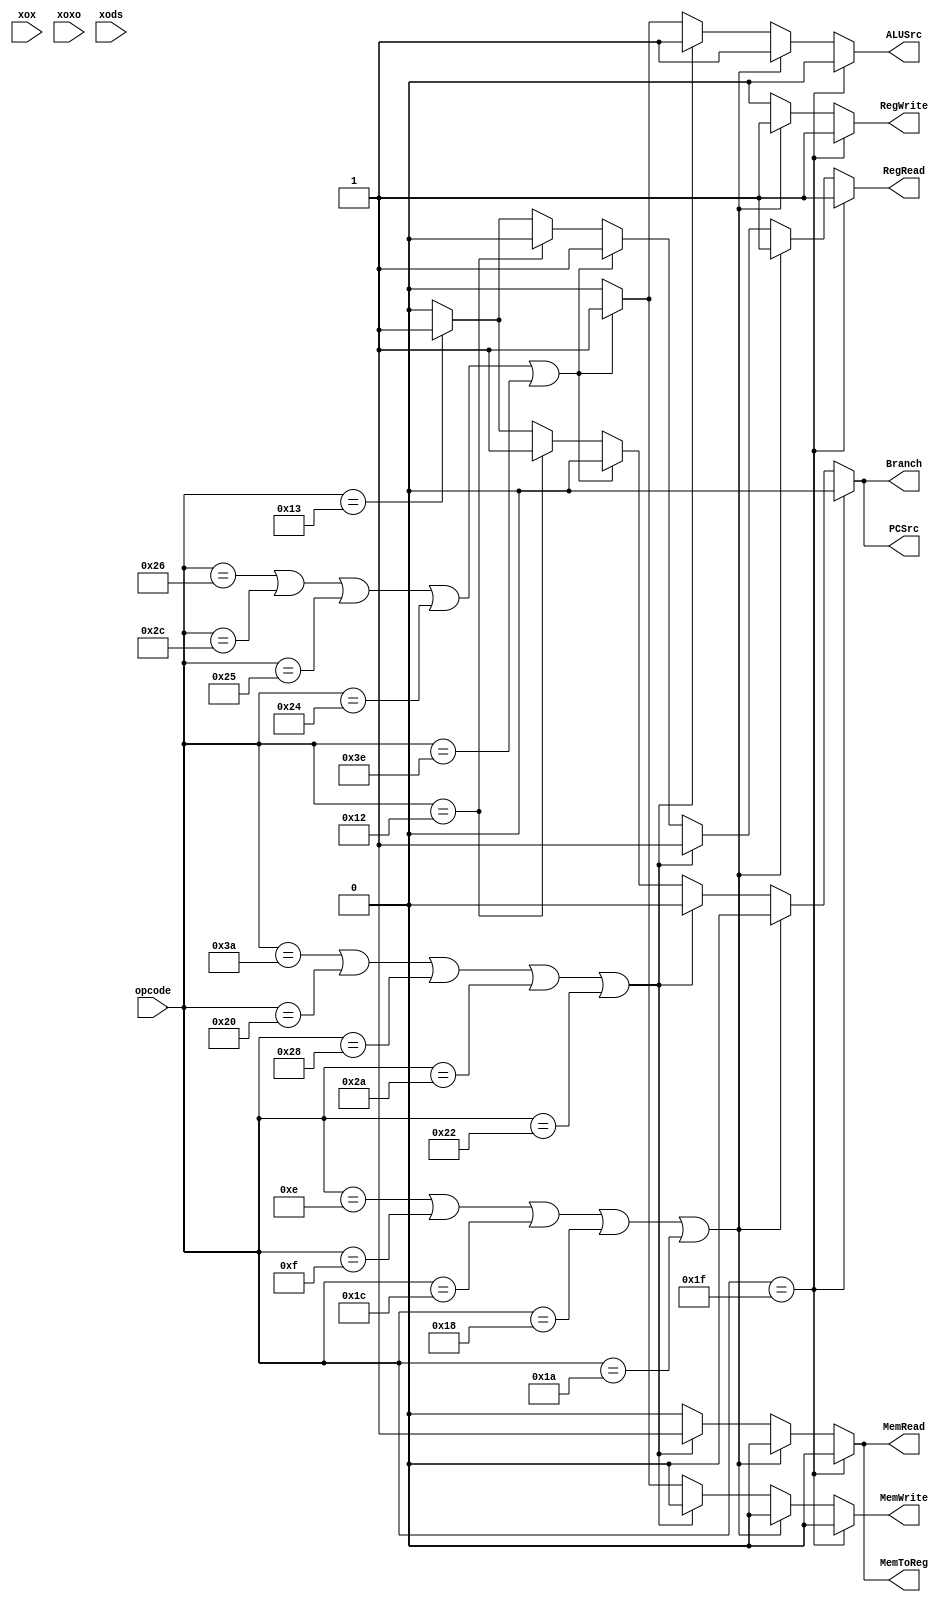
/* Module to behave like the control unit to set the necessary signals for the execution of an 
   instruction -
   1. RegDst - Which field of the instruction is the register to be written to
   2. RegWrite - Write to register file
   3. RegRead - Read from a register
   4. ALUSrc - The source for the second input to the ALU
   5. PCSrc - Source for PC (next instruction to be executed)
   6. MemRead - Read from the main memory
   7. MemWrite - Write to the main memory
   8. MemToReg - Source of write_data (data to be written to the register file)
   9. Branch -  When a branch/jump instruction is used
*/

module control_unit(
    output reg  RegRead,
                RegWrite,
                MemRead,
                MemWrite,
                Branch,
                MemToReg,
                ALUSrc,
                PCSrc,
    input [5:0] opcode,
    input [9:0] xox,
    input [8:0] xoxo, 
    input [1:0] xods
);

    always @(opcode, xoxo, xox, xods)
    begin
        MemRead = 1'b0;
        MemWrite = 1'b0;
        RegRead = 1'b0;
        RegWrite = 1'b0;
        Branch = 1'b0;
        ALUSrc = 1'b0;
        PCSrc = 1'b0;
        MemToReg = 1'b0;
        //X OR XO Format
        if(opcode == 6'd31) 
        begin
            // $display("HOI\n");
            RegRead = 1'b1;
            RegWrite = 1'b1;        
        end

        //D Format - ALU Only 
        else if(opcode == 6'd14 | opcode == 6'd15 |opcode == 6'd28 |opcode == 6'd24 |opcode == 6'd26)
        begin
            RegWrite = 1'b1;
            RegRead = 1'b1;
            ALUSrc = 1'b1;
        end

        //D Format Loads and DS load
        else if(opcode == 6'd58 | opcode == 6'd32 |opcode == 6'd40 |opcode == 6'd42 |opcode == 6'd34)
        begin
            RegRead = 1'b1;
            // RegWrite = 1'b1;    
            MemRead = 1'b1;
            MemToReg = 1'b1;
            ALUSrc = 1'b1;
            // $display("RegRead : %1b, RegWrite : %1b, MemRead : %1b, MemToReg : %1b.", RegRead, RegWrite, MemRead, MemToReg);
        end

        //D-Format Stores and DS Store
        else if(opcode == 6'd38 |opcode == 6'd44 |opcode == 6'd37 |opcode == 6'd36 |opcode == 6'd62)
        begin
            RegRead = 1'b1;
            MemWrite = 1'b1;
            ALUSrc = 1'b1;
        end

        //Unconditonal Branch
        else if(opcode == 6'd18)
        begin
            Branch = 1'b1;
            PCSrc = 1'b1;
        end

        //Conditional Branch
        else if(opcode == 6'd19)
        begin
            Branch = 1'b1;
            PCSrc = 1'b1;
            RegRead = 1'b1;
        end
    end
endmodule